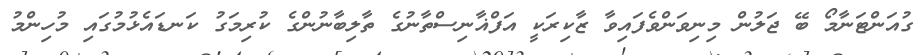
ގުއަންޓަނާމޯ ބޭ ޖަލުން މިނިވަންވެފައިވާ ޒާކިރަކީ އަފްޣާނިސްތާނުގެ ތާލިބާނުންގެ ކުރިމަގު ކަނޑައެޅުމުގައި މުހިންމު